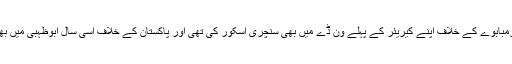
انگرام نے 2010ء میں زمبابوے کے خلاف اپنے کیریئر کے پہلے ون ڈے میں بھی سنچری اسکور کی تھی اور پاکستان کے خلاف اسی سال ابوظہبی میں بھی 100 رنز بنائے تھے۔